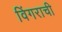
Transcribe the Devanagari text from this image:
विंगराची